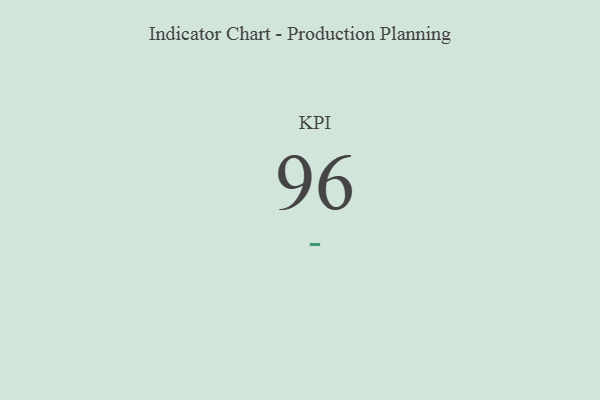
{"axis": {"x": "KPI", "y": "Value"}, "legend": [""], "data": [{"x": "KPI", "y": 96, "type": ""}]}